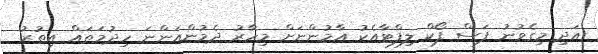
އަދި މިގެވުނު ފަސް ފޯކް ލިފްޓާއެކު އާމުންނަށް މިހާރު ދެމުންއަންނަ ހިދުމަތައް އިތުރު